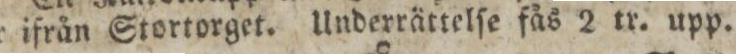
ger ifrån Stortorget. Underrättelſe fås 2 tr. upp.